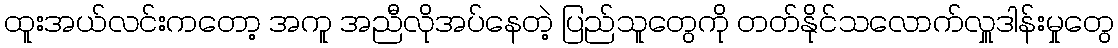
ထူးအယ်လင်းကတော့ အကူ အညီလိုအပ်နေတဲ့ ပြည်သူတွေကို တတ်နိုင်သလောက်လှူဒါန်းမှုတွေ